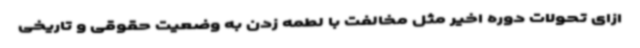
ازای تحولات دوره اخیر مثل مخالفت با لطمه زدن به وضعیت حقوقی و تاریخی